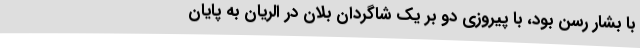
با بشار رسن بود، با پیروزی دو بر یک شاگردان بلان در الریان به پایان